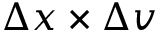
\Delta x \times \Delta v